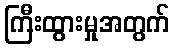
ကြီးထွားမှုအတွက်